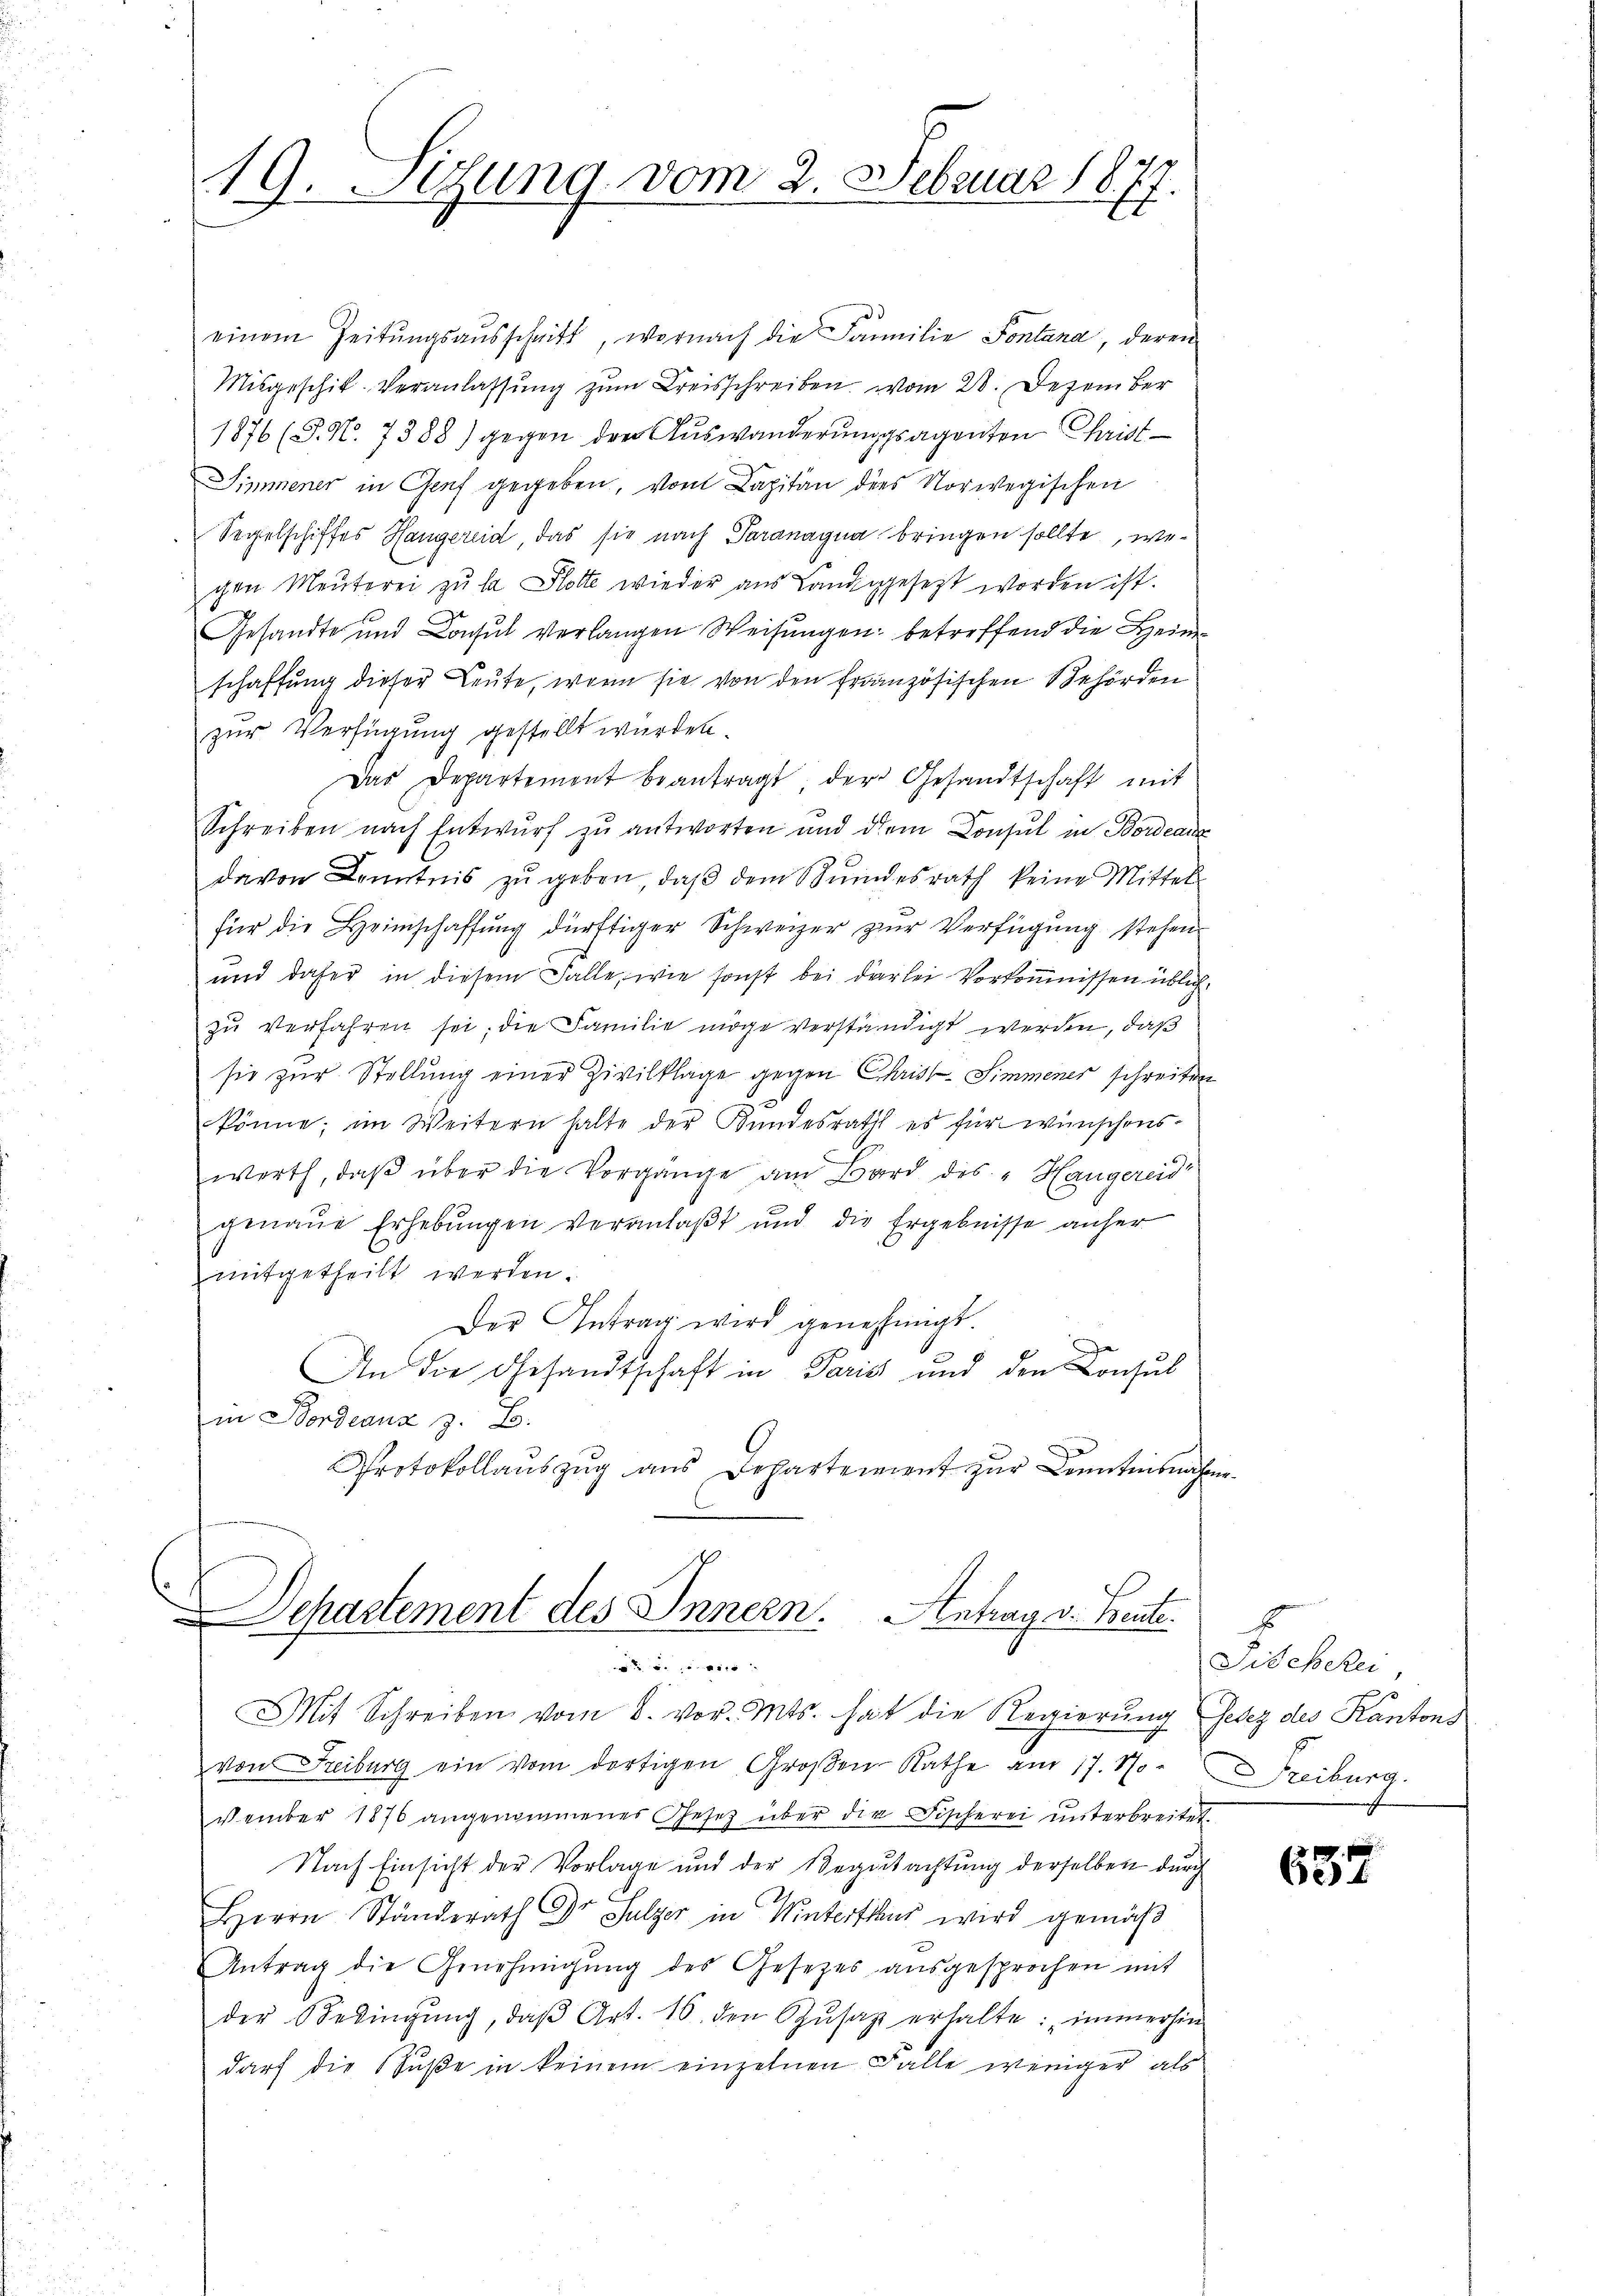
19. Setzung vom 2. Februar 1877.

einem Zeitungsausschritt, wornach die Familie Fontana, deren
Misgeschik-Veranlassung zŭm Kreisschreiben vom 28. Dezember
1876 (P. N. 7388) gegen der Auswanderungsagenten Christ¬
Simmener in Genf gegeben, vom Capitän dies Norwegischen
Segelschiffes Hangereid, das sie nach Paranagna bringen sollte, wechen Meuterei zu la Hlotte wieder aus Landgesezt worden ist.
Gesandte und Consul verlangen Weisŭngen betreffend die Heim
schaffung dieser Leute, wenn sie von den französischen Behörden
zur Verfügung gestellt wurden.
Das Departement beantragt, der Gesandtschaft mit
Schreiben nach Entwurf zu antworten und dem Consul in Bordeanz
davon Kenntnis zu geben, daß dem Stundesrath keine Mittel
für die Heimschaffung dürftiger Schweizer zur Verfügung stehen
und daher in diesem Falle, wie sonst bei darlei Vorkommnissen üblichzŭ verfahren sei; die Familie möge verständigt werden, daß
sie zur Stellung einer Zivilklage gegen Christ-Simmener schreiten
könne; im Weitern halte der Kundesrath es für wünschenswerth, daβ über die Vorgänge am Bard des "Hangereid
genaue Erhebungen veranlaßt und die Ergebnisse anher
mitgetheilt werden.
Der Antrag wird genehmigt.
An die Gesandtschaft in Paris und den Consul
in Fordeauz z. B.
Protokollauszug aus Departement zur Kenntnisnahme

t
Departement des Innern. Antrag v. Beute.

Mit Schreiben vom 8. vor. Mts. hat die Regierung Gesez des Kantons
von Freiburg ein vom dortigen Großen Rathe am 17. No-
vember 1876 angenommenes Gesetz über die Fischerei ŭnterbreitet.
Nach Einsicht der Vorlage und der Begutachtung derselben durch
Herrn Ständerath Dr Sulzer in Winterthaus wird gemäß
Antrag die Genehmigŭng des Gesetzes aŭsgesprochen mit
der Bedingŭng, daβ Art. 16. den Schŭsaz erhalte: „immerhin
darf die Buße in keinem einzelnen Falle weniger als

E
Fischehen,
Treiburg.

657